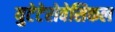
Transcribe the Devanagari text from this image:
युटेटेरोवेसिकल